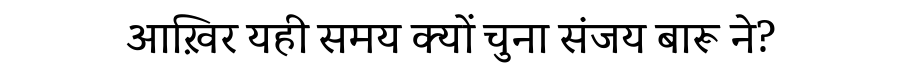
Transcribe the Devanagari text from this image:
आख़िर यही समय क्यों चुना संजय बारू ने?